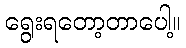
ရွေးရတော့တာပေါ့။